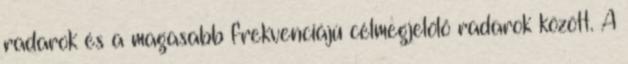
radarok és a magasabb frekvenciájú célmegjelölő radarok között. A